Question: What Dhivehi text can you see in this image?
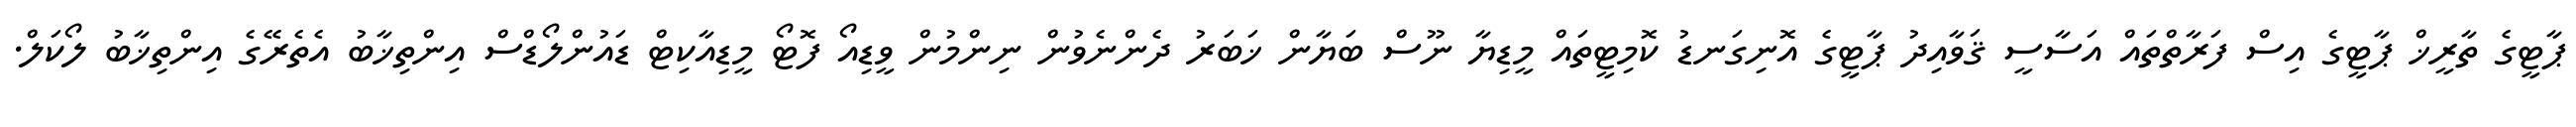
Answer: ޕާޓީގެ ތާރީޚް ޕާޓީގެ އިސް ފަރާތްތައް އަސާސީ ޤަވާއިދު ޕާޓީގެ އޮނިގަނޑު ކޮމިޓީތައް މީޑިޔާ ނޫސް ބަޔާން ޚަބަރު ދެންނެވުން ނިންމުން ވީޑިއޯ ފޮޓޯ މީޑިއާކިޓް ޑައުންލޯޑްސް އިންތިޚާބު އެތެރޭގެ އިންތިޚާބު ލޯކަލް.